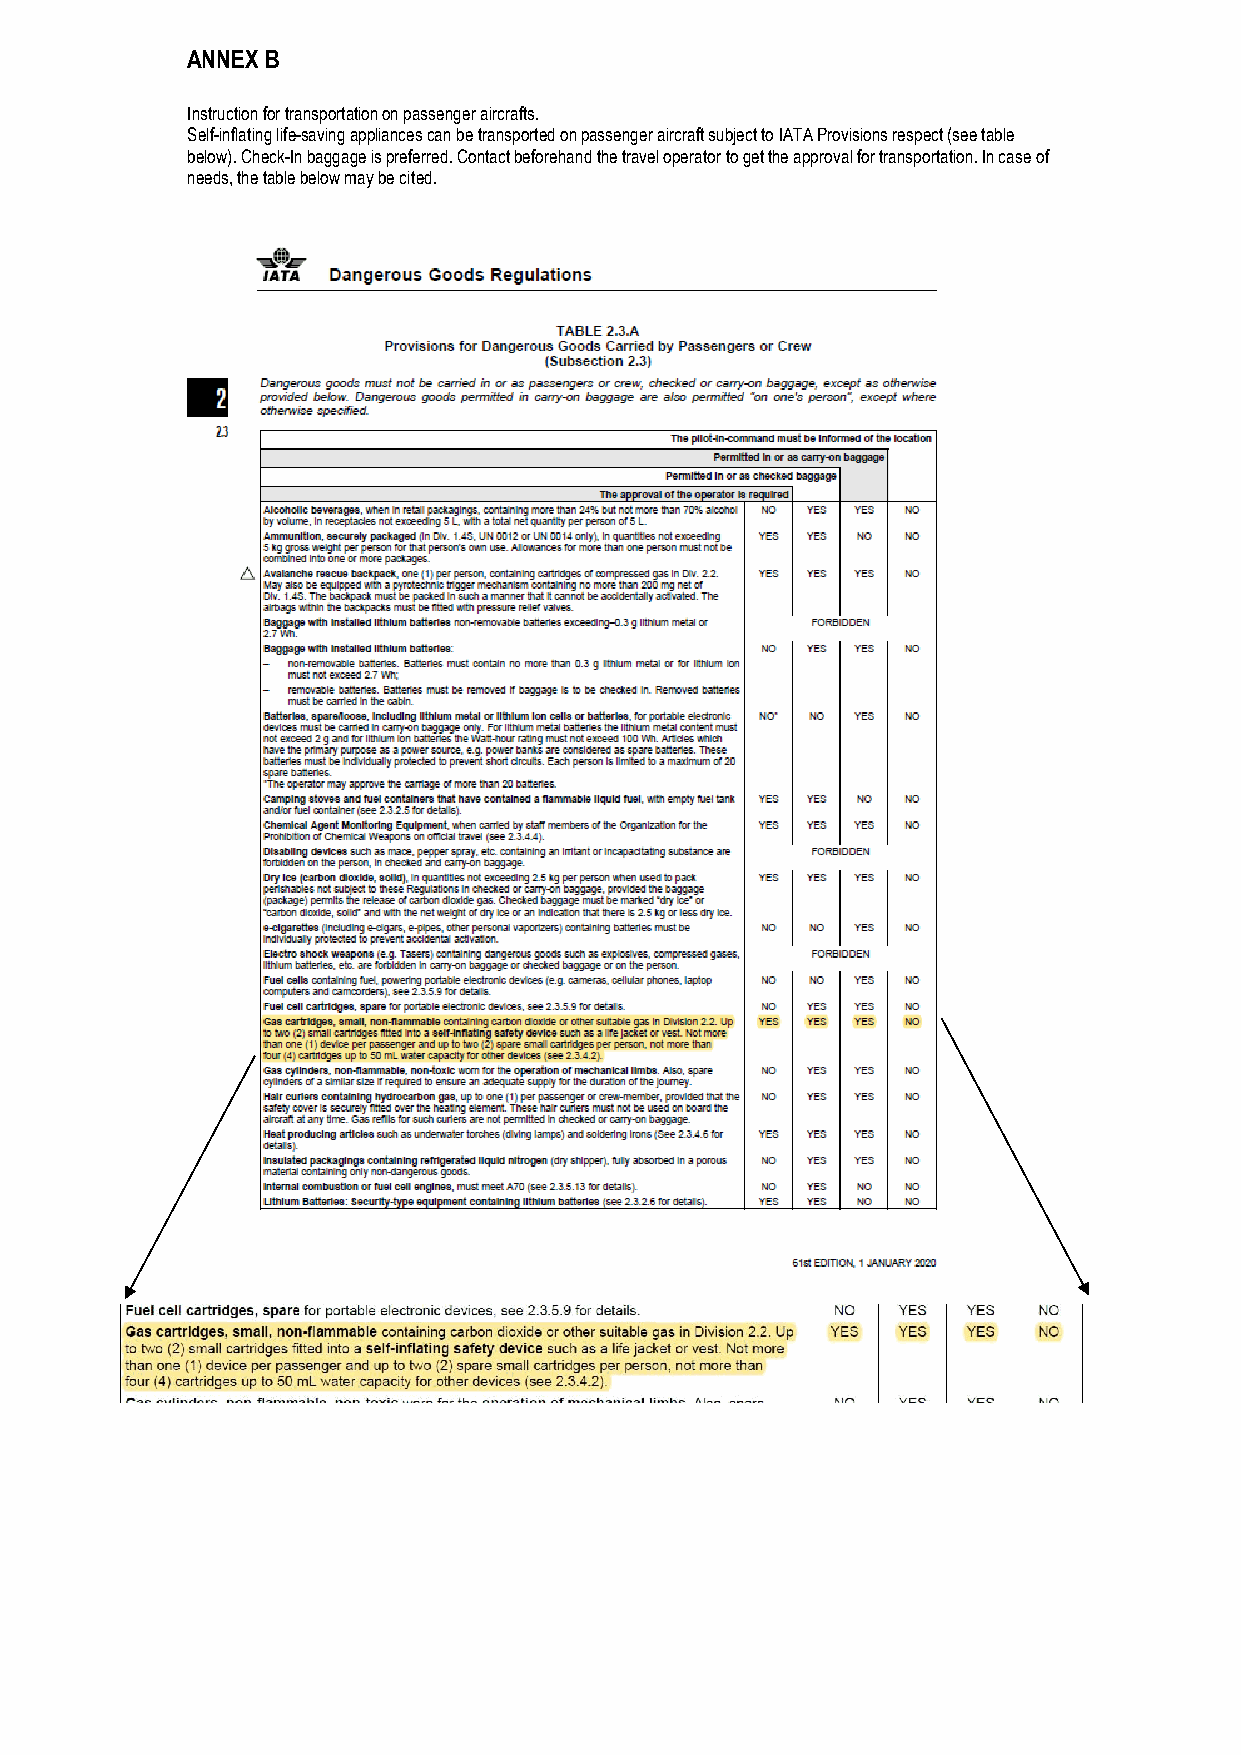
ANNEX B
 Instruction for transportation on passenger aircrafts.
 Self-inflating life-saving appliances can be transported on passenger aircraft subject to IATA Provisions respect (see table
 below). Check-In baggage is preferred. Contact beforehand the travel operator to get the approval for transportation. In case of
 needs, the table below may be cited.